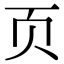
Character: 页